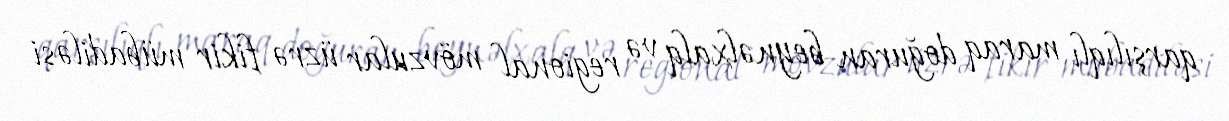
qarşılıqlı maraq doğuran beynəlxalq və regional mövzular üzrə fikir mübadiləsi